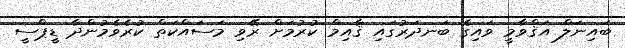
ބައިނަލް އަޤްވާމީ ވައިގެ ބަނދަރުގައި ޤާއިމް ކުރުމަށް ރޭވި މަސައްކަތް ކުރެވެމުންދާ ޑީޕްސީ